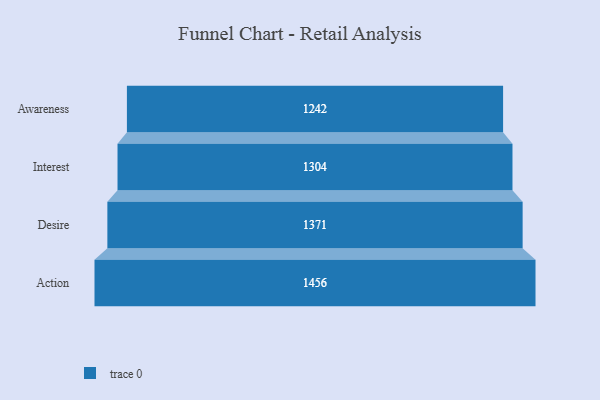
{"axis": {"x": "Stage", "y": "Value"}, "legend": [""], "data": [{"x": "Awareness", "y": 1242.0, "type": ""}, {"x": "Interest", "y": 1304.0, "type": ""}, {"x": "Desire", "y": 1371.0, "type": ""}, {"x": "Action", "y": 1456.0, "type": ""}]}